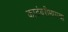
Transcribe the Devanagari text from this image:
कादंबरीमागचा